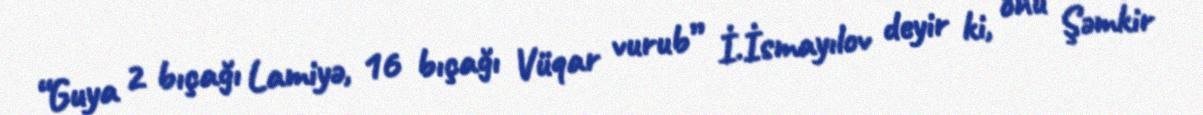
“Guya 2 bıçağı Lamiyə, 16 bıçağı Vüqar vurub” İ.İsmayılov deyir ki, onu Şəmkir